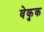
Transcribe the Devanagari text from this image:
वेकुक